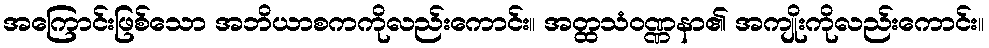
အကြောင်းဖြစ်သော အဘိယာစကကိုလည်းကောင်း။ အတ္ထသံဝဏ္ဏနာ၏ အကျိုးကိုလည်းကောင်း။